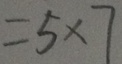
= 5 \times 7